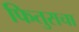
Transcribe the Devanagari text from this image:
फितुराचा